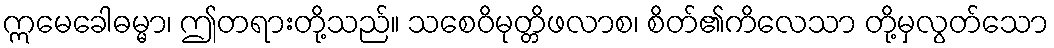
ဣမေခေါဓမ္မာ၊ ဤတရားတို့သည်။ သစေဝိမုတ္တိဖလာစ၊ စိတ်၏ကိလေသာ တို့မှလွတ်သော